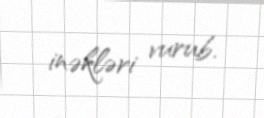
inəkləri vurub.